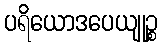
ပရိယောဒပေယျုဉ္စ